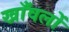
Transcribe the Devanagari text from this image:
खाँवलों